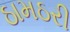
ઠામઠરી